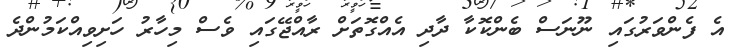
އެ ފެންވަރުގައި ނޫނަސް ބެންކޮކާ ދާދި އެއްގޮތަށް ރާއްޖޭގައި ވެސް މިހާރު ހަށިވިއްކަމުންދެ